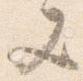
又